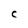
Character: C